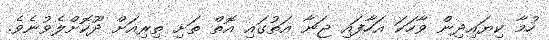
ހުމާ ކިޔައިދިން ވާހަކަ އަހާފައި ޖަނާ އަތުގައި އޮތް ތަށި ތިރިއަށް ދޫކޮށްލެވުނެވެ.